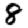
Digit: 8